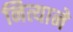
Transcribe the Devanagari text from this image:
नित्याने